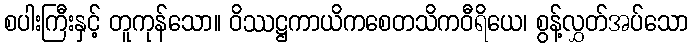
စပါးကြီးနှင့် တူကုန်သော။ ဝိဿဋ္ဌကာယိကစေတသိကဝီရိယေ၊ စွန့်လွှတ်အပ်သော